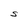
Character: S